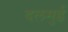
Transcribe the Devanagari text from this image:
दलमुई